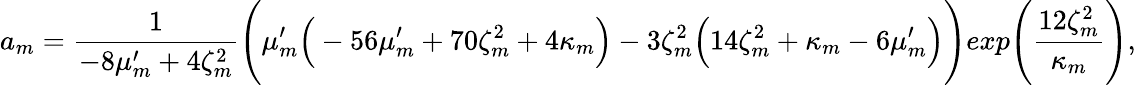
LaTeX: a_{m}=\frac{1}{-8\mu_{m}^{\prime}+4\zeta_{m}^{2}}\Bigg(\mu_{m}^{\prime}\Big(-56\mu_{m}^{\prime}+70\zeta_{m}^{2}+4\kappa_{m}\Big)-3\zeta_{m}^{2}\Big(14\zeta_{m}^{2}+\kappa_{m}-6\mu_{m}^{\prime}\Big)\Bigg)exp\Bigg(\frac{12\zeta_{m}^{2}}{\kappa_{m}}\Bigg),